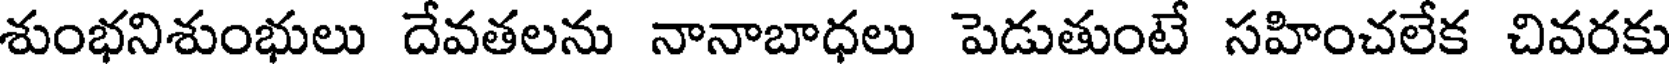
శుంభనిశుంభులు దేవతలను నానాబాధలు పెడుతుంటే సహించలేక చివరకు